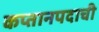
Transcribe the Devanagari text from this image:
कप्तानपदाची